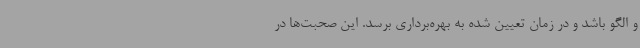
و الگو باشد و در زمان تعیین شده به بهره‌برداری برسد. این صحبت‌ها در